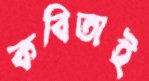
কবিতাই